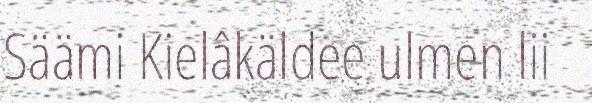
Säämi Kielâkäldee ulmen lii